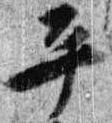
平